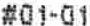
#01-01